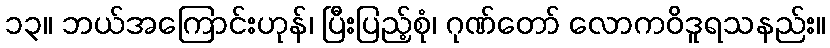
၁၃။ ဘယ်အကြောင်းဟုန်၊ ပြီးပြည့်စုံ၊ ဂုဏ်တော် လောကဝိဒူရသနည်း။